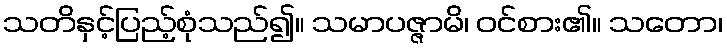
သတိနှင့်ပြည့်စုံသည်၍။ သမာပဇ္ဇာမိ၊ ဝင်စား၏။ သတော၊